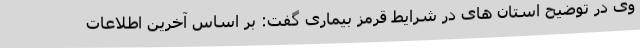
وی در توضیح استان های در شرایط قرمز بیماری گفت: بر اساس آخرین اطلاعات